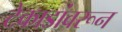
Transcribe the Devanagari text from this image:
टेकाडांवरून